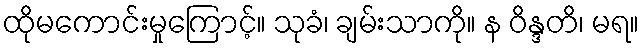
ထိုမကောင်းမှုကြောင့်။ သုခံ၊ ချမ်းသာကို။ န ဝိန္ဒတိ၊ မရ။